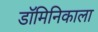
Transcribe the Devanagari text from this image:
डॉमिनिकाला